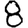
Digit: 8